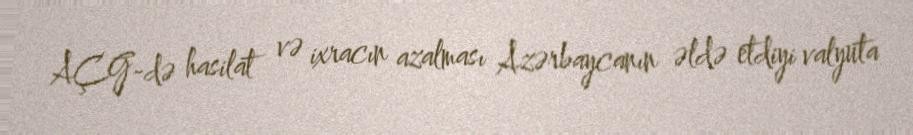
AÇG-də hasilat və ixracın azalması Azərbaycanın əldə etdiyi valyuta